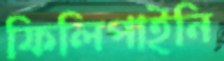
ফিলিপাইনি